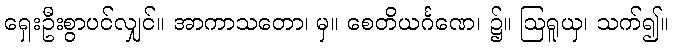
ရှေးဦးစွာပင်လျှင်။ အာကာသတော၊ မှ။ စေတိယင်္ဂဏေ၊ ၌။ ဩရူယှ၊ သက်၍။